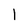
Character: l